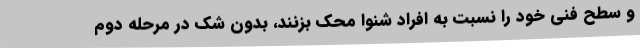
و سطح فنی خود را نسبت به افراد شنوا محک بزنند، بدون شک در مرحله دوم